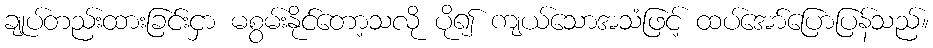
ချုပ်တည်းထားခြင်းငှာ မစွမ်းနိုင်တော့သလို ပို၍ ကျယ်သောအသံဖြင့် ထပ်အော်ပြောပြန်သည်။